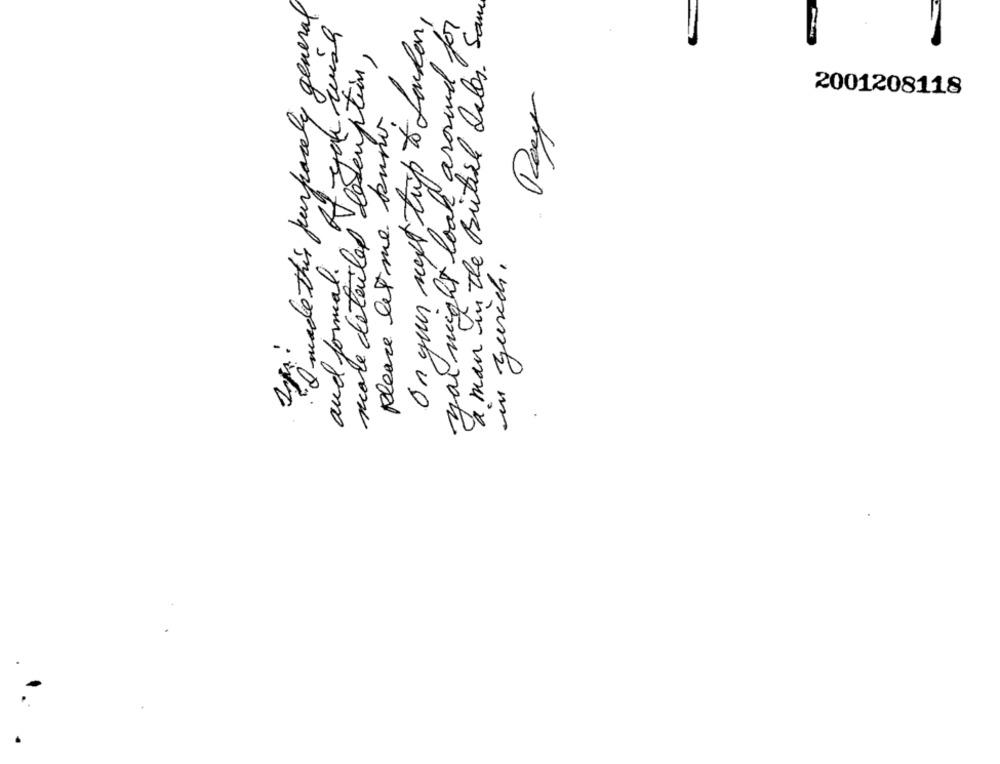
he made this junparcely general
a man in the British deles. Sam
On your selt trip & Louder
you might look around for
more detailed description,
2001208118
Ray
please let me kuno
and formal.
in zurich.